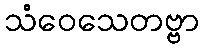
သံဝေသေတဗ္ဗာ